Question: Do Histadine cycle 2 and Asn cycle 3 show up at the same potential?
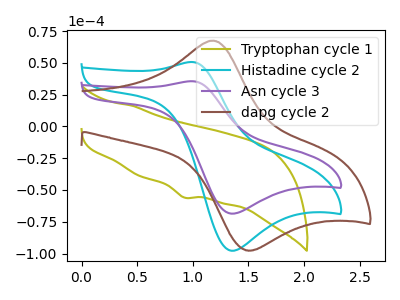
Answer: <think>The olive curve "Tryptophan cycle 1" has a cathodic peak at: (0.90V, -56.00uA). The cyan curve "Histadine cycle 2" has an anodic peak at (1.00V, 50.65uA) and a cathodic peak at (1.35V, -97.80uA). The purple curve "Asn cycle 3" has an anodic peak at (1.00V, 35.55uA) and a cathodic peak at (1.35V, -68.60uA). The brown curve "dapg cycle 2" has an anodic peak at (1.15V, 67.40uA) and a cathodic peak at (1.50V, -97.45uA).
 All the peaks in "Histadine cycle 2" have a peak in "Asn cycle 3" at the same potential. Every peak in "Histadine cycle 2" is higher than every peak in "Asn cycle 3".</think>
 <answer>"Histadine cycle 2" and "Asn cycle 3" are similar in shape.</answer>
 <eval>same_shape</eval>